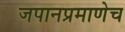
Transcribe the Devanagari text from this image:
जपानप्रमाणेच